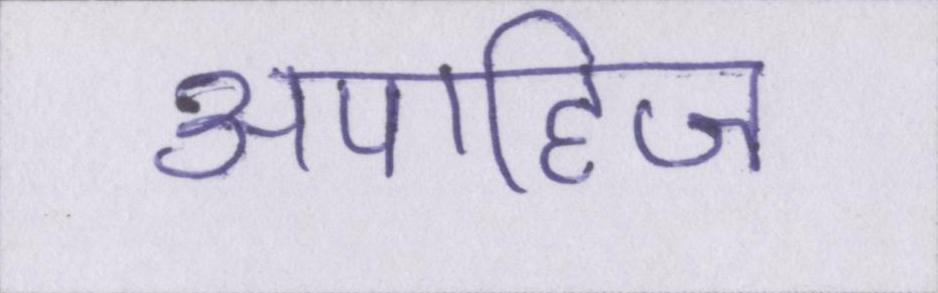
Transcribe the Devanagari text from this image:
अपाहिज